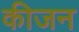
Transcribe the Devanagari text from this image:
कीजन